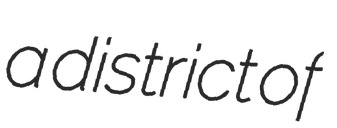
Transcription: a district of